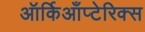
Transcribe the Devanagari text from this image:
ऑर्किआँप्टेरिक्स